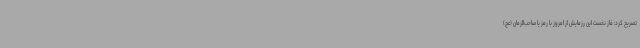
تصریح کرد: فاز نخست این رزمایش از امروز با رمز یا صاحب‌الزمان (عج)